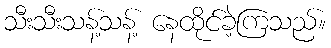
သီးသီးသန့်သန့် နေထိုင်ခဲ့ကြသည်။